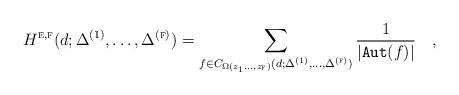
LaTeX: \begin{align*}H^{\textsc{e},\textsc{f}}(d;\Delta^{(1)},\dots,\Delta^{(\textsc{f})})=\sum\limits_{f\in C_{\Omega (z_1\dots,z_{\textsc{f}})}(d;\Delta^{(1)},\dots,\Delta^{(\textsc{f})})}\frac{1} {|\texttt{Aut}(f)|}\quad,\end{align*}